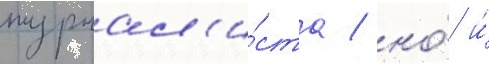
журнал'и́ста / но́ и́